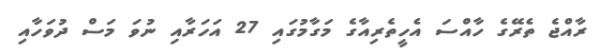
ރާއްޖެ ތެރޭގެ ހާއްސަ އެހީތެރިއާގެ މަގާމުގައި 27 އަހަރާއި ނުވަ މަސް ދުވަހާއި